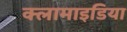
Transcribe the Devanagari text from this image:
क्लामाइडिया